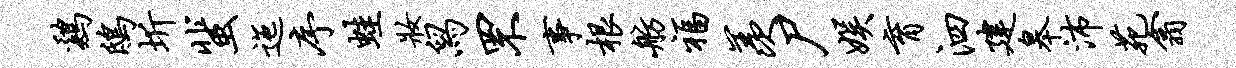
鸡鸱圻蜚迤序蛙妆舄罘事根舫福羡尸娱育泗建皋沛苑翕